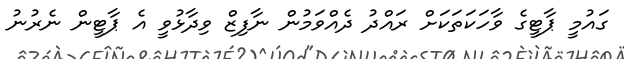
ގައުމީ ޕާޓީގެ ވާހަކަތަކަށް ރައްދު ދެއްވަމުން ނާފިޒް ވިދާޅުވީ އެ ޕާޓީން ނެރުނު